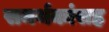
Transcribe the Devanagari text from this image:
समर्थकांसह